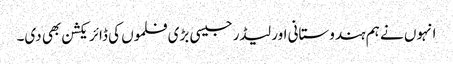
انہوں نے ہم ہندوستانی اور لیڈر جیسی بڑی فلموں کی ڈائریکشن بھی دی۔